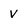
Character: v